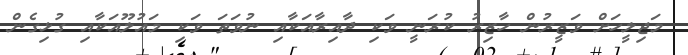
މަޖިލީހަށް ވަޒީރުން ހާޒިރު ކުރަނީ ވަކި ދާއިރާއަކާއި ނުވަތަ ވަކި މައުލޫއަކާއި ގުޅިގެން